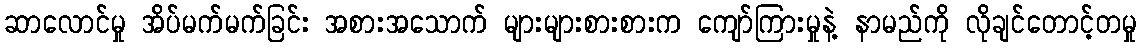
ဆာလောင်မှု အိပ်မက်မက်ခြင်း အစားအသောက် များများစားစားက ကျော်ကြားမှုနဲ့ နာမည်ကို လိုချင်တောင့်တမှု